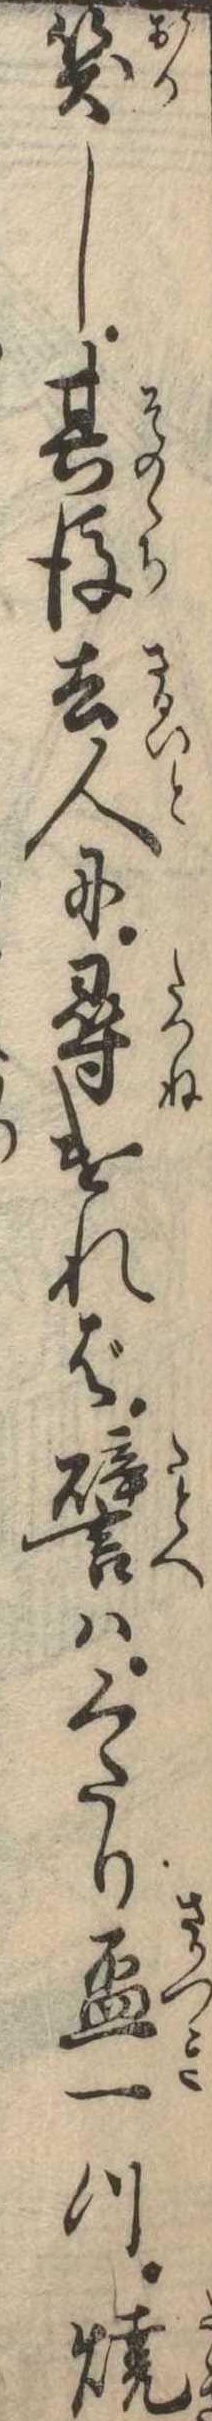
笑し其後去人に尋ければ譬はくたり杯一つ焼